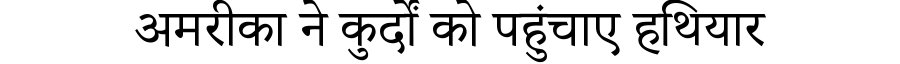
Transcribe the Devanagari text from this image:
अमरीका ने कुर्दों को पहुंचाए हथियार